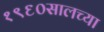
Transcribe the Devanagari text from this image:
१९६०सालच्या